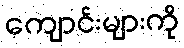
ကျောင်းများကို